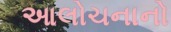
આલોચનાનો